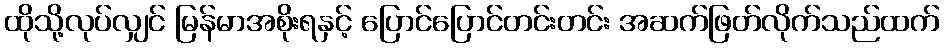
ထိုသို့လုပ်လျှင် မြန်မာအစိုးရနှင့် ပြောင်ပြောင်တင်းတင်း အဆက်ဖြတ်လိုက်သည်ထက်